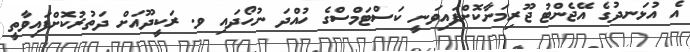
އެ އުޅަނދުގެ އޭޖެންޓު ޖޫރިމަނާކޮށްފައިވަނީ ކަސްޓަމްސްގެ ހުއްދަ ނުހޯދައި ވ. ރަކީދޫއަށް ދަތުރުކޮށްފައިވާތީ